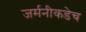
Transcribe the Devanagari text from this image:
जर्मनीकडेच